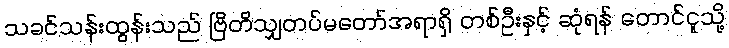
သခင်သန်းထွန်းသည် ဗြိတိသျှတပ်မတော်အရာရှိ တစ်ဦးနှင့် ဆုံရန် တောင်ငူသို့